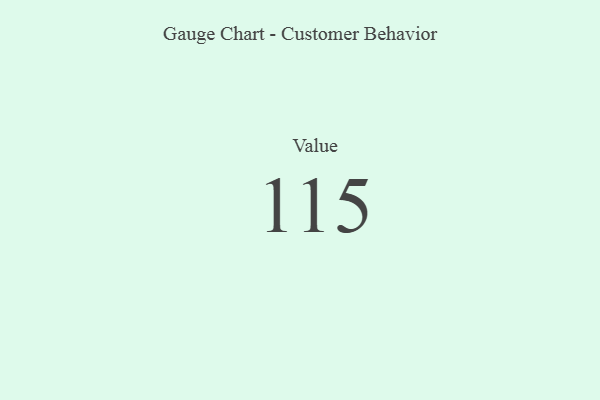
{"axis": {"x": "Metric", "y": "Value"}, "legend": [""], "data": [{"x": "Value", "y": 115, "type": ""}]}